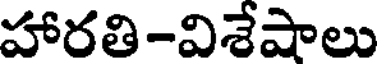
హారతి-విశేషాలు